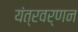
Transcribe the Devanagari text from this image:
यंत्रवर्णन